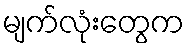
မျက်လုံးတွေက